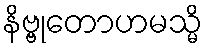
နိဗ္ဗုတောဟမသ္မိ